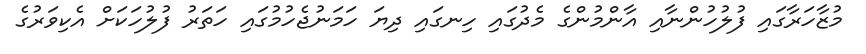
މުޒާހަރާގައި ފުލުހުންނާއި އާންމުންގެ މެދުގައި ހިނގައި ދިޔަ ހަމަނުޖެހުމުގައި ހަތަރު ފުލުހަކަށް އެކިވަރުގެ